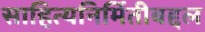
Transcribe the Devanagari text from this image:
साहित्यनिर्मितीबद्दल